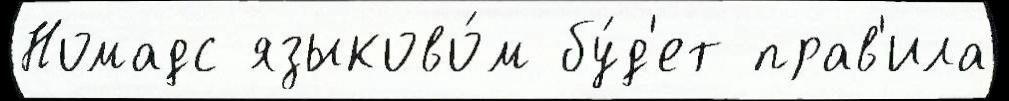
Номадс языково́м бу́д'ет прав'ила